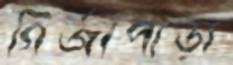
গির্জাপাড়া